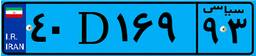
۹۸D۷۶۸۲۰